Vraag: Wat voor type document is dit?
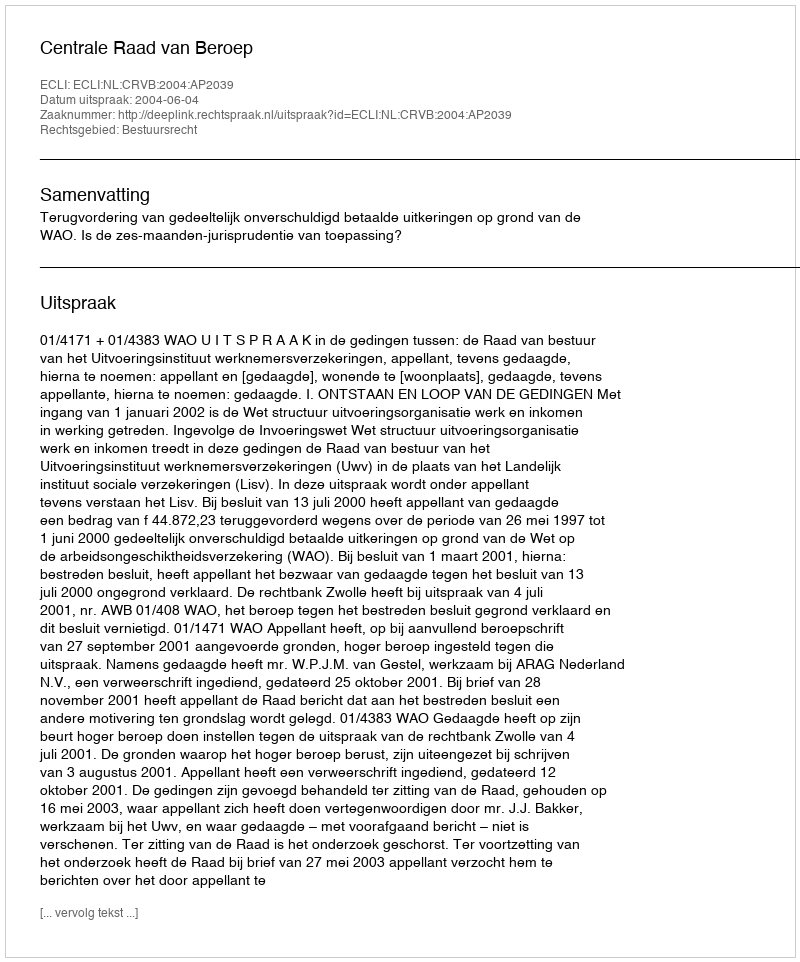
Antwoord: Uitspraak